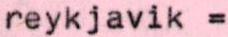
reykjavik =